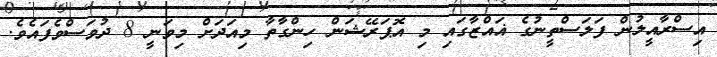
އިސްރާއީލުން ފަލަސްތީނުގެ ޣައްޒާގައި މި އޮޕަރޭޝަން ހިންގާތާ މިއަދަށް މިވަނީ 8 ދުވަސްވެފައެވެ.